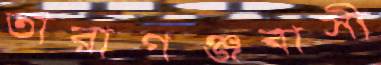
তারাগঞ্জবাসী